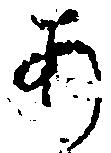
あ